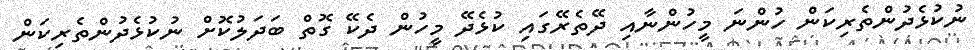
ނުކުޅެދުންތެރިކަން ހުންނަ މީހުންނާއި ދޭތެރޭގައި ކުޅެދޭ މީހުން ދެކޭ ގޮތް ބަދަލުކޮށް ނުކުޅެދުންތެރިކަން